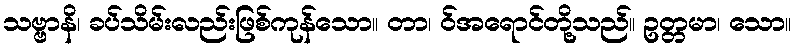
သဗ္ဗာနိ၊ ခပ်သိမ်းလည်းဖြစ်ကုန်သော။ တာ၊ ဝ်အရောင်တို့သည်။ ဥတ္တမာ၊ သော။